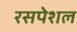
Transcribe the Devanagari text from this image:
रसपेशल